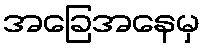
အခြေအနေမှ